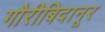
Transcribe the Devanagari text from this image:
गौरीबिदानूर